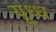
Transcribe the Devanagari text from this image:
यूध्ध